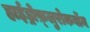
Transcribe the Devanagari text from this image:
हाईड्रोफ़्लुरोकर्बोन